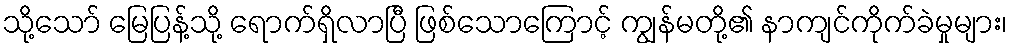
သို့သော် မြေပြန့်သို့ ရောက်ရှိလာပြီ ဖြစ်သောကြောင့် ကျွန်မတို့၏ နာကျင်ကိုက်ခဲမှုများ၊